Civil Veterinary Department. Madras. Admin. report 1926-33 - 1926-1933
Year: 1926
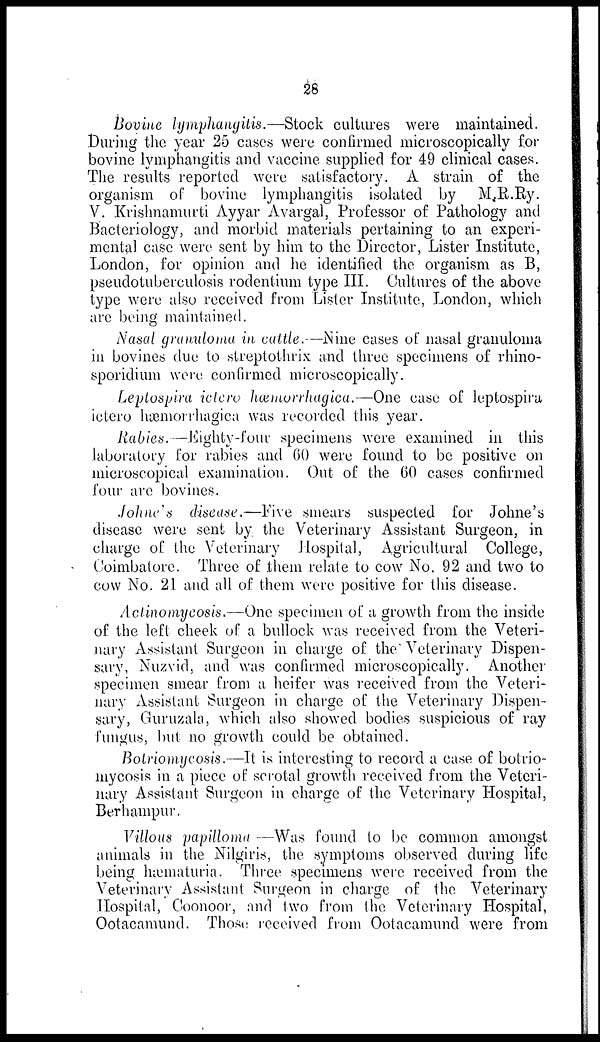
28
Bovine lymphangitis.—Stock cultures were maintained.
During the year 25 cases were confirmed microscopically for
bovine lymphangitis and vaccine supplied for 49 clinical cases.
The results reported were satisfactory. A strain of the
organism of bovine lymphangitis isolated by M.R.Ry.
V. Krishnamurti Ayyar Avargal, Professor of Pathology and
Bacteriology, and morbid materials pertaining to an experi-
mental case were sent by him to the Director, Lister Institute,
London, for opinion and he identified the organism as B,
pseudotuberculosis rodentium type III. Cultures of the above
type were also received from Lister Institute, London, which
are being maintained.
Nasal granuloma in cattle.—Nine cases of nasal granuloma
in bovines due to streptothrix and three specimens of rhino-
sporidium were confirmed microscopically.
Leptospira ictero hæmorrhagica.—One case of leptospira
ictero hæmonhagica was recorded this year.
Rabies.—Eighty-four specimens were examined in this
laboratory for rabies and 60 were found to be positive on
microscopical examination. Out of the 60 cases confirmed
four are bovines.
Johne's disease.—Five smears suspected for Johne's
disease were sent by the Veterinary Assistant Surgeon, in
charge of the Veterinary Hospital, Agricultural College,
Coimbatore. Three of them relate to cow No. 92 and two to
cow No. 21 and all of them were positive for this disease.
Actinomycosis.—One specimen of a growth from the inside
of the left cheek of a bullock was received from the Veteri-
nary Assistant Surgeon in charge of the Veterinary Dispen-
sary, Nuzvid, and was confirmed microscopically. Another
specimen smear from a heifer was received from the Veteri-
nary Assistant Surgeon in charge of the Veterinary Dispen-
sary, Guruzala, which also showed bodies suspicious of ray
fungus, but no growth could be obtained.
Botriomycosis.—It is interesting to record a case of botrio-
mycosis in a piece of scrotal growth received from the Veteri-
nary Assistant Surgeon in charge of the Veterinary Hospital,
Berhampur.
Villous papilloma —Was found to be common amongst
animals in the Nilgiris, the symptoms observed during life
being hæmaturia. Three specimens were received from the
Veterinary Assistant Surgeon in charge of the Veterinary
Hospital, Coonoor, and two from the Veterinary Hospital,
Ootacamund. Those received from Ootacamund were from